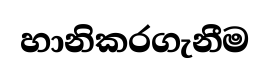
හානිකරගැනීම